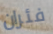
فئران